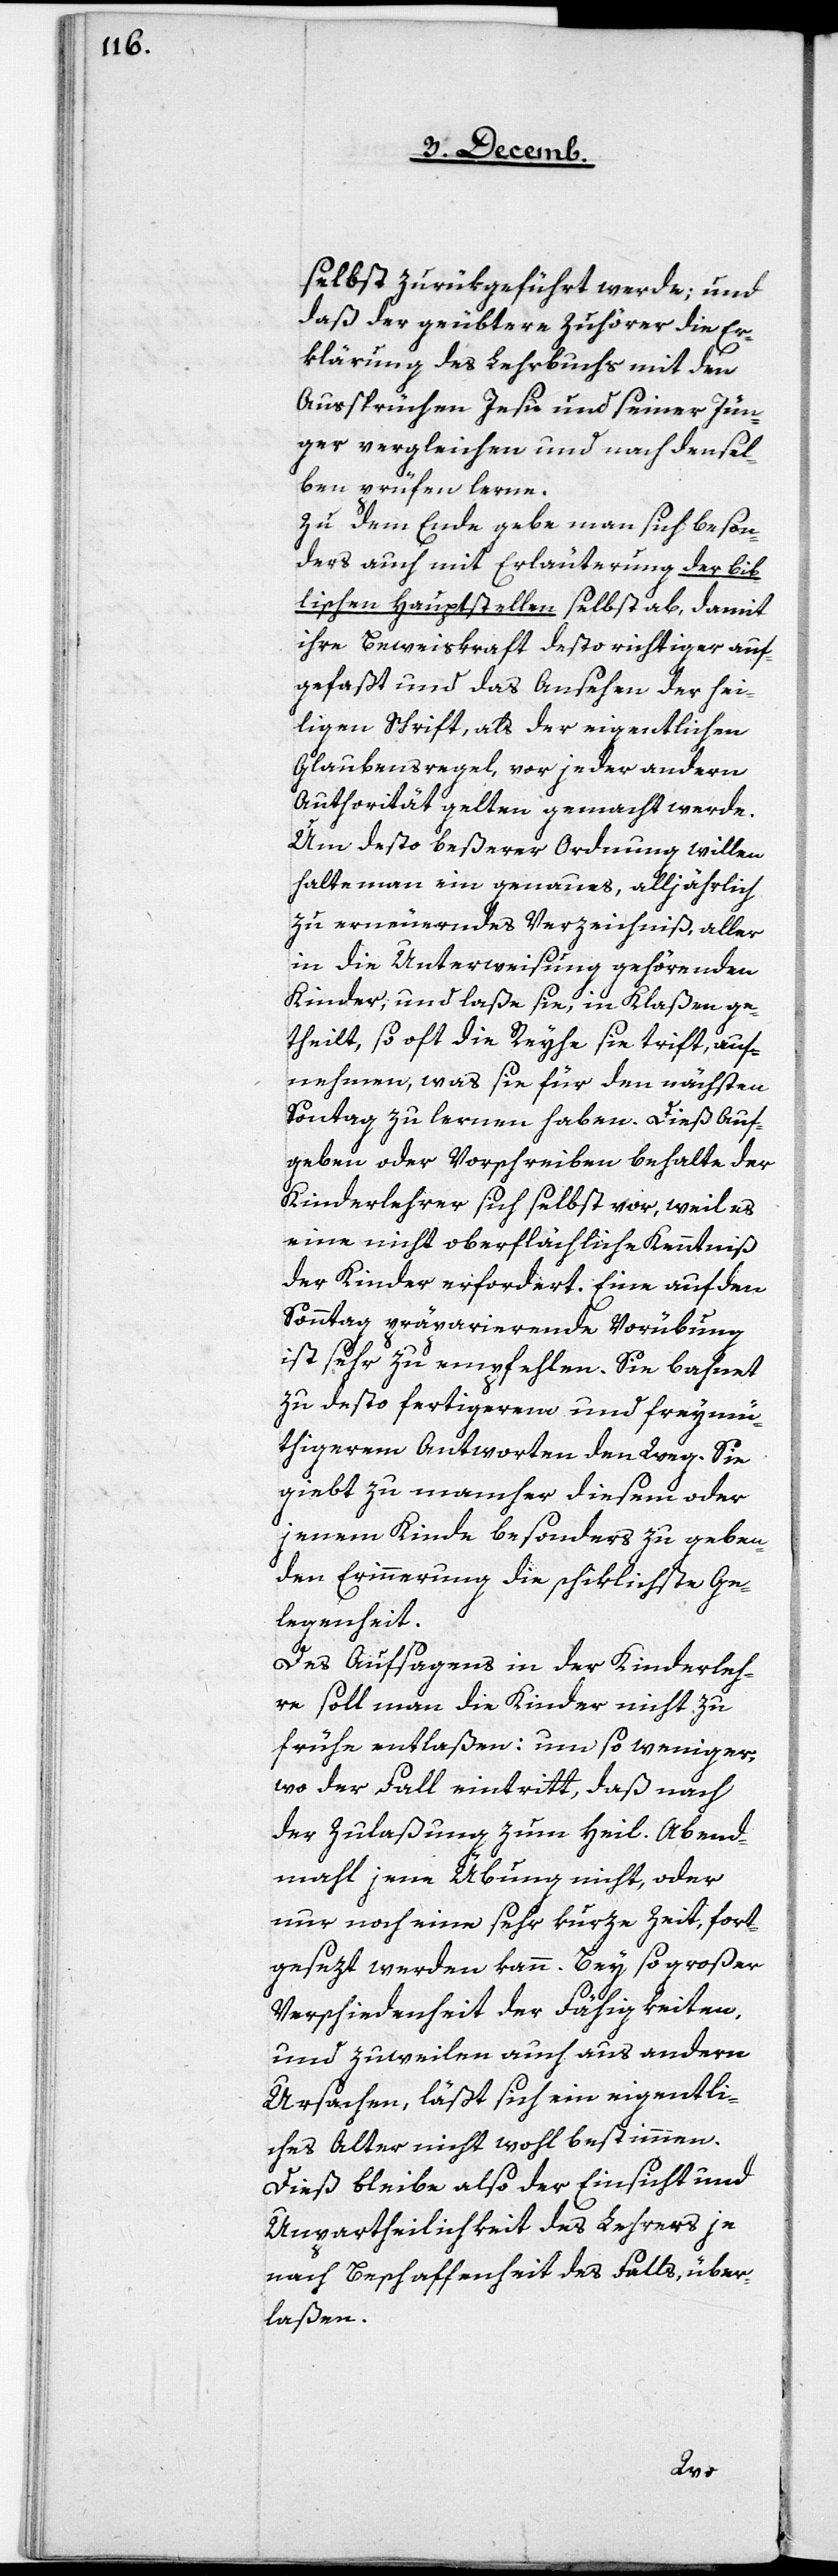
selbst zurükgeführt werde; und
daß der geübtere Zuhörer die Er¬
klärung des Lehrbuchs mit den
Aussprüchen Jesu und seiner Jün¬
ger vergleichen und nach densel¬
ben prüfen lerne.
Zu dem Ende gebe man sich beson¬
ders auch mit Erläuterung der bib¬
lischen Hauptstellen selbst ab, damit
ihre Beweiskraft desto richtiger auf¬
gefaßt und das Ansehen der hei¬
ligen Schrift, als der eigentlichen
Glaubensregel, vor jeder andern
Authorität gelten gemacht werde.
Um desto beßerer Ordnung willen
halte man ein genaues, alljährlich
zu erneuerndes Verzeichniß, aller
in die Unterweisung gehörenden
Kinder, und laße sie, in Klaßen ge¬
theilt, so oft die Reyhe sie trifft, auf¬
nehmen, was sie für den nächsten
Sontag zu lernen haben. Dieß Auf¬
geben oder Vorschreiben behalte der
Kinderlehrer sich selbst vor, weil es
eine nicht oberflächliche Kenntniß
der Kinder erfordert. Eine auf den
Sonntag präparierende Vorübung
ist sehr zu empfehlen. Sie bahnet
zu desto fertigeren und freymü¬
thigeren Antworten den Weg. Sie
giebt zu mancher diesem oder
jenem Kinde besonders zu geben¬
den Erinnerung die schiklichste Ge¬
legenheit.
Des Aufsagens in der Kinderleh¬
re soll man die Kinder nicht zu
frühe entlaßen: um so weniger,
wo der Fall eintritt, daß nach
der Zulaßung zum heil. Abend¬
mahl jene Übung nicht, oder
nur noch eine sehr kurze Zeit, fort¬
gesezt werden kann. Bey so großer
Verschiedenheit der Fähigkeiten,
und zuweilen auch aus andern
Ursachen, läßt sich ein eigentli¬
ches Alter nicht wohl bestimmen.
Dieß bleibe also der Einsicht und
Unpartheylichkeit des Lehrers je
nach Beschaffenheit des Falls, über¬
laßen.